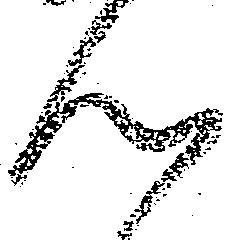
ん